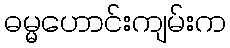
ဓမ္မဟောင်းကျမ်းက